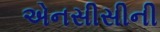
એનસીસીની